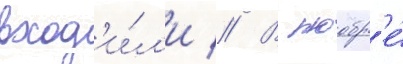
вход'и́л'и // В ноабр'е́